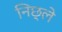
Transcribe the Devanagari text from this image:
निछ्ले